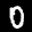
Label: 0